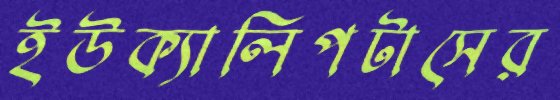
ইউক্যালিপটাসের